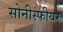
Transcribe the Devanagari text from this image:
सोनीस्फीयर